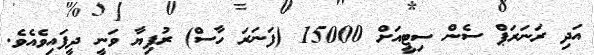
އަދި ރަނަރަޕް ސެން ސިޓީއަށް 15000 (ފަނަރަ ހާސް) ރުފިޔާ ވަނީ ދީފައިވެއެވެ.